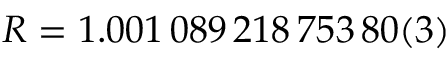
R = 1 . 0 0 1 \, 0 8 9 \, 2 1 8 \, 7 5 3 \, 8 0 ( 3 )